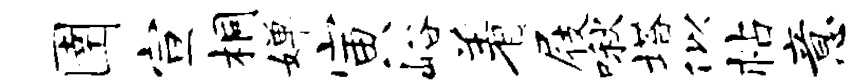
圉宣桐婵寅峪着屐啾塔似帖意